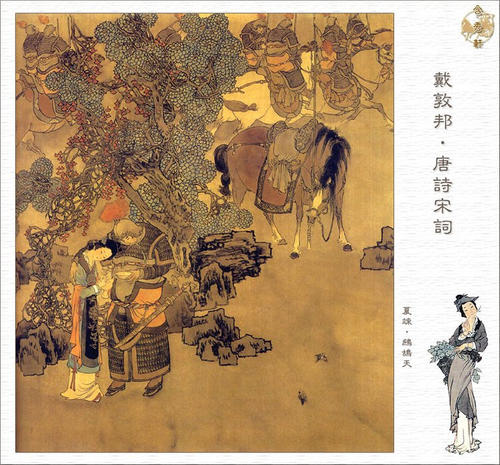
镇日无心扫黛眉。临行愁见理征衣。